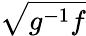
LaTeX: \sqrt{g^{-1}f}